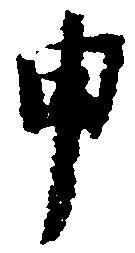
申